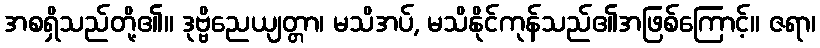
အစရှိသည်တို့၏။ ဒုဗ္ဗိညေယျတ္တာ၊ မသိအပ်, မသိနိုင်ကုန်သည်၏အဖြစ်ကြောင့်။ ဇရာ၊